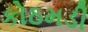
કોઠમડી